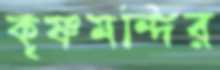
কৃষ্ণমন্দির